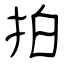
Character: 拍